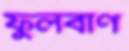
ফুলবাণ